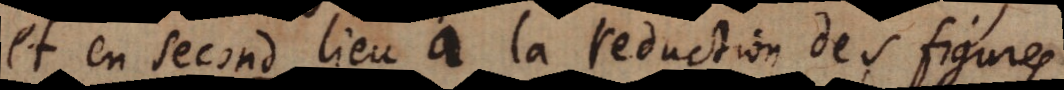
et en second lieu a la reduction des figures